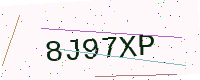
Text: 8J97XP